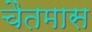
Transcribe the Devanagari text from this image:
चैतमास